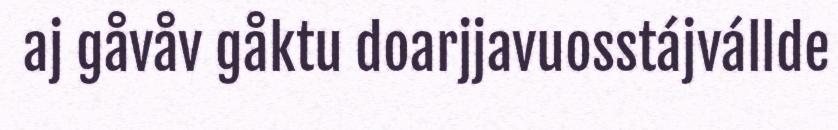
aj gåvåv gåktu doarjjavuosstájvállde